Insane asylums Bombay 1873-77 - 1873-1877
Year: 1873
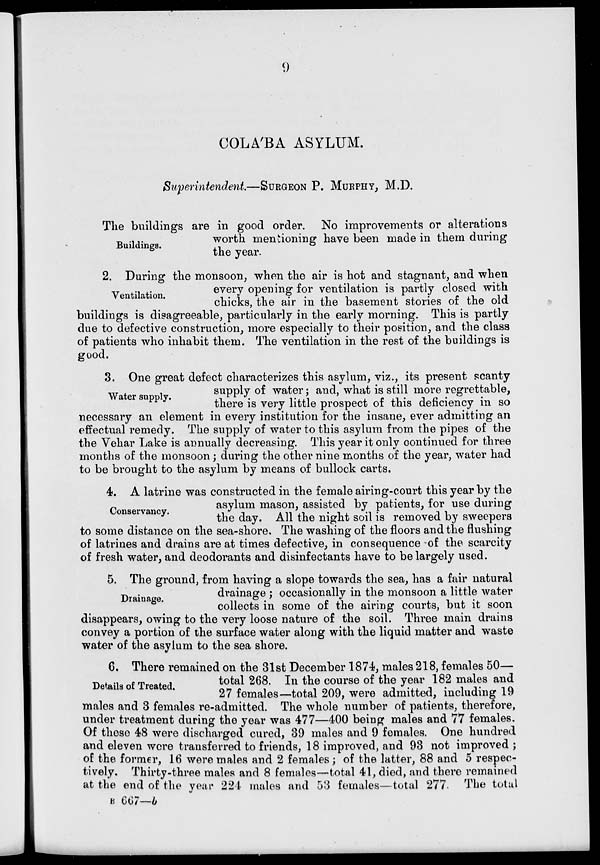
9
COLA'BA ASYLUM.
Superintendent.—SURGEON P. MURPHY, M.D.
Buildings.
The buildings are in good order. No improvements or alterations
worth mentioning have been made in them during
the year.
Ventilation.
2. During the monsoon, when the air is hot and stagnant, and when
every opening for ventilation is partly closed with
chicks, the air in the basement stories of the old
buildings is disagreeable, particularly in the early morning. This is partly
due to defective construction, more especially to their position, and the class
of patients who inhabit them. The ventilation in the rest of the buildings is
good.
Water supply.
3. One great defect characterizes this asylum, viz., its present scanty
supply of water ; and, what is still more regrettable,
there is very little prospect of this deficiency in so
necessary an element in every institution for the insane, ever admitting an
effectual remedy. The supply of water to this asylum from the pipes of the
the Vehar Lake is annually decreasing. This year it only continued for three
months of the monsoon ; during the other nine months of the year, water had
to be brought to the asylum by means of bullock carts.
Conservancy.
4. A latrine was constructed in the female airing-court this year by the
asylum mason, assisted by patients, for use during
the day. All the night soil is removed by sweepers
to some distance on the sea-shore. The washing of the floors and the flushing
of latrines and drains are at times defective, in consequence of the scarcity
of fresh water, and deodorants and disinfectants have to be largely used.
Drainage.
5. The ground, from having a slope towards the sea, has a fair natural
drainage ; occasionally in the monsoon a little water
collects in some of the airing courts, but it soon
disappears, owing to the very loose nature of the soil. Three main drains
convey a portion of the surface water along with the liquid matter and waste
water of the asylum to the sea shore.
Details of Treated.
6. There remained on the 31st December 1874, males 218, females 50—
total 268. In the course of the year 182 males and
27 females—total 209, were admitted, including 19
males and 3 females re-admitted. The whole number of patients, therefore,
under treatment during the year was 477—400 being males and 77 females.
Of these 48 were discharged cured, 39 males and 9 females. One hundred
and eleven were transferred to friends, 18 improved, and 93 not improved ;
of the former, 16 were males and 2 females ; of the latter, 88 and 5 respec-
tively. Thirty-three males and 8 females—total 41, died, and there remained
at the end of the year 224 males and 53 females—total 277. The total
B 667—b